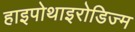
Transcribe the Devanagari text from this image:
हाइपोथाइरोडिज्म